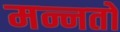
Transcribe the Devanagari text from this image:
मन्नतों